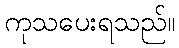
ကုသပေးရသည်။